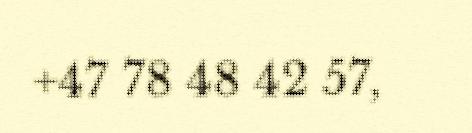
+47 78 48 42 57,